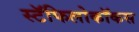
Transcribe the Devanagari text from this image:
स्टॅफिलोकॉकस